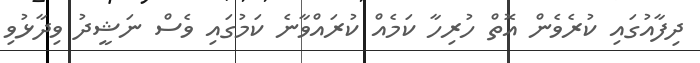
ދިފާއުގައި ކުރެވެން އޮތް ހުރިހާ ކަމެއް ކުރައްވާނެ ކަމުގައި ވެސް ނަޝީދު ވިދާޅުވި